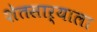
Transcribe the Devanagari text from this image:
शेतसाऱ्याला